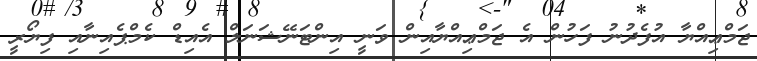
ޖަމްޢިއްޔާ އުފެދުނު ފަހުން އެ ޖަމްޢިއްޔާއިން ވަނީ އިންޓަނޭޝަނަލް އެއިޑް ކެމްޕެއިނާއި ފިޔޯރީ